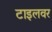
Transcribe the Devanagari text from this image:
टाइलवर